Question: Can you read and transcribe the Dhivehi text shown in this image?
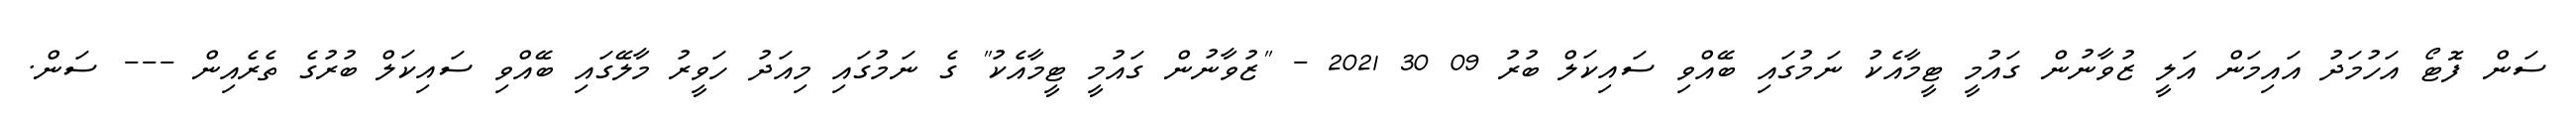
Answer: ސަން ފޮޓޯ އަހުމަދު އައިމަން އަލީ ޒުވާނުން ގައުމީ ޓީމާއެކު ނަމުގައި ބޭއްވި ސައިކަލް ބުރު 09 30 2021 - "ޒުވާނުން ގައުމީ ޓީމާއެކު" ގެ ނަމުގައި މިއަދު ހަވީރު މާލޭގައި ބޭއްވި ސައިކަލް ބުރުގެ ތެރެއިން --- ސަން.